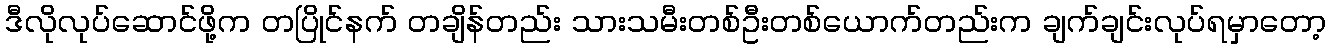
ဒီလိုလုပ်ဆောင်ဖို့က တပြိုင်နက် တချိန်တည်း သားသမီးတစ်ဦးတစ်ယောက်တည်းက ချက်ချင်းလုပ်ရမှာတော့